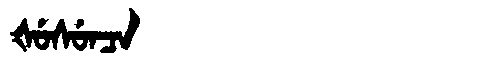
Manchu: ᡧᡠᠰᡠᠨᠴᠠ
Romanization: ŠUSUNCA